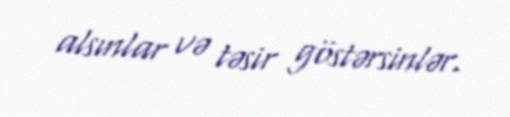
alsınlar və təsir göstərsinlər.